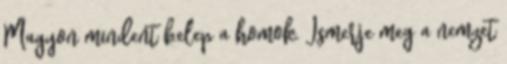
Magyon mindent belep a homok. Ismerje meg a nemzet